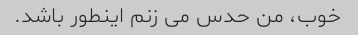
خوب، من حدس می زنم اینطور باشد.